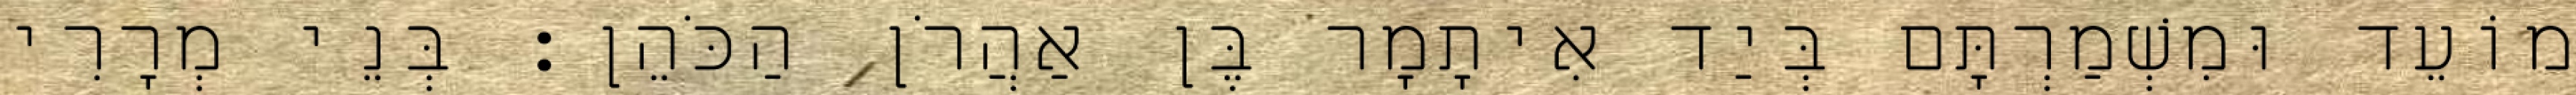
מוֹעֵד וּמִשְׁמַרְתָּם בְּיַד אִיתָמָר בֶּן אַהֲרֹן הַכֹּהֵן׃ בְּנֵי מְרָרִי